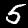
Label: 5